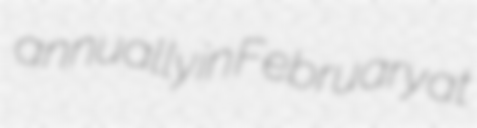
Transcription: annually in February at